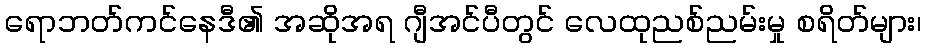
ရောဘတ်ကင်နေဒီ၏ အဆိုအရ ဂျီအင်ပီတွင် လေထုညစ်ညမ်းမှု စရိတ်များ၊